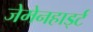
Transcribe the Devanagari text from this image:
जेमेनहार्ड्ट